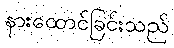
နားထောင်ခြင်းသည်